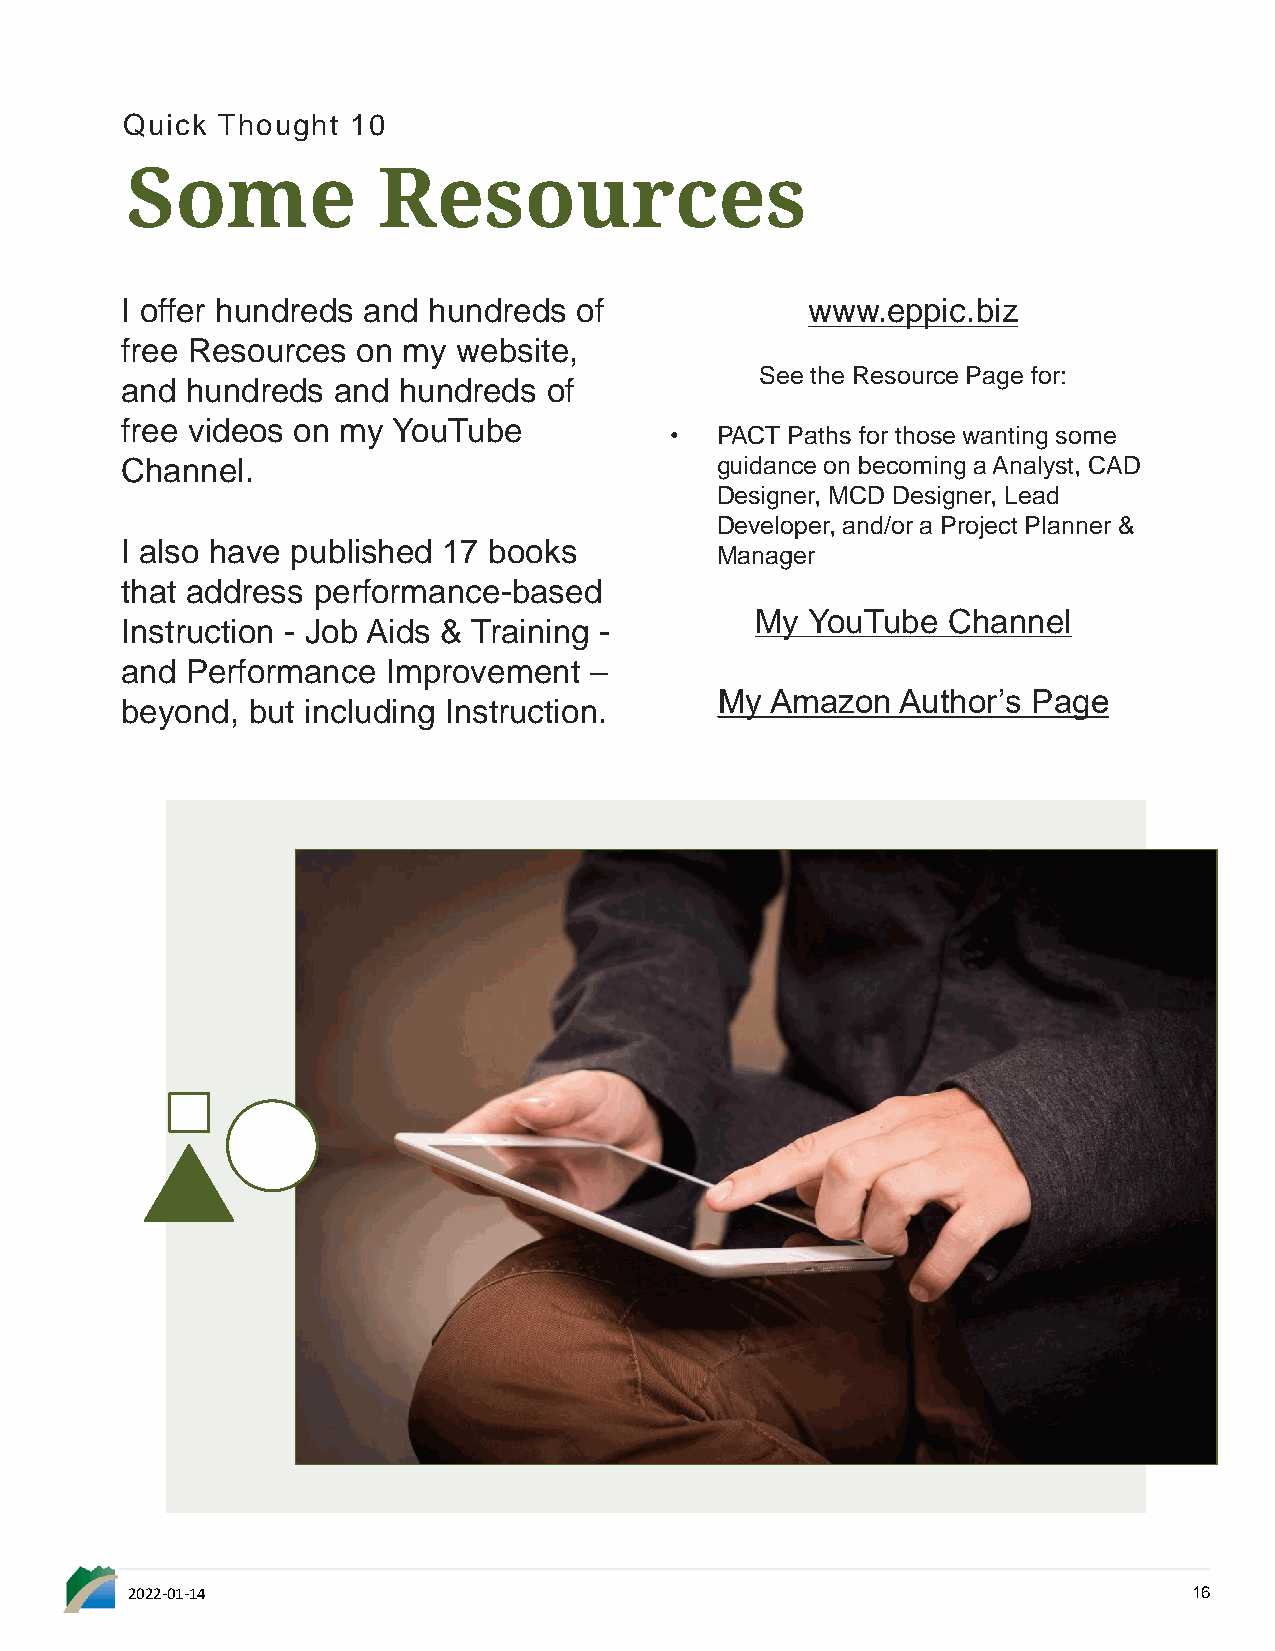
Quick Thought  10
 Some             Resources
 I offer hundreds and hundreds of             www.eppic.biz
 free Resources  on my website,
 See the Resource Page for:
 and hundreds  and hundreds  of
 free videos on my YouTube
 •  PACT Paths for those wanting some
 Channel.                               guidance on becoming a Analyst, CAD
 Designer, MCD Designer, Lead
 Developer, and/or a Project Planner &
 I also have published 17 books
 Manager
 that address performance-based
 My YouTube   Channel
 Instruction - Job Aids & Training -
 and Performance   Improvement  –
 My Amazon   Author’s Page
 beyond, but including Instruction.
 2022-01-14                                                             16